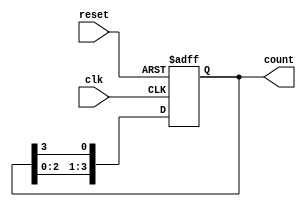
module async_ring_counter (
    input wire clk,          // Clock input
    input wire reset,        // Asynchronous reset input
    output reg [3:0] count   // 4-bit output
);

// Initial state of the counter
initial begin
    count = 4'b0001; // Initialize to 0001
end

// Asynchronous reset and counter logic
always @(posedge clk or posedge reset) begin
    if (reset) begin
        count <= 4'b0001; // Reset to 0001
    end else begin
        // Shift the bits in the ring counter
        count <= {count[2:0], count[3]}; // Shift left and wrap around
    end
end

endmodule